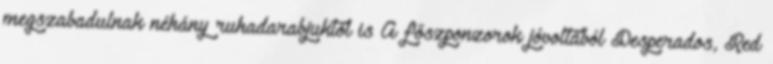
megszabadulnak néhány ruhadarabjuktól is A főszponzorok jóvoltából Desperados, Red